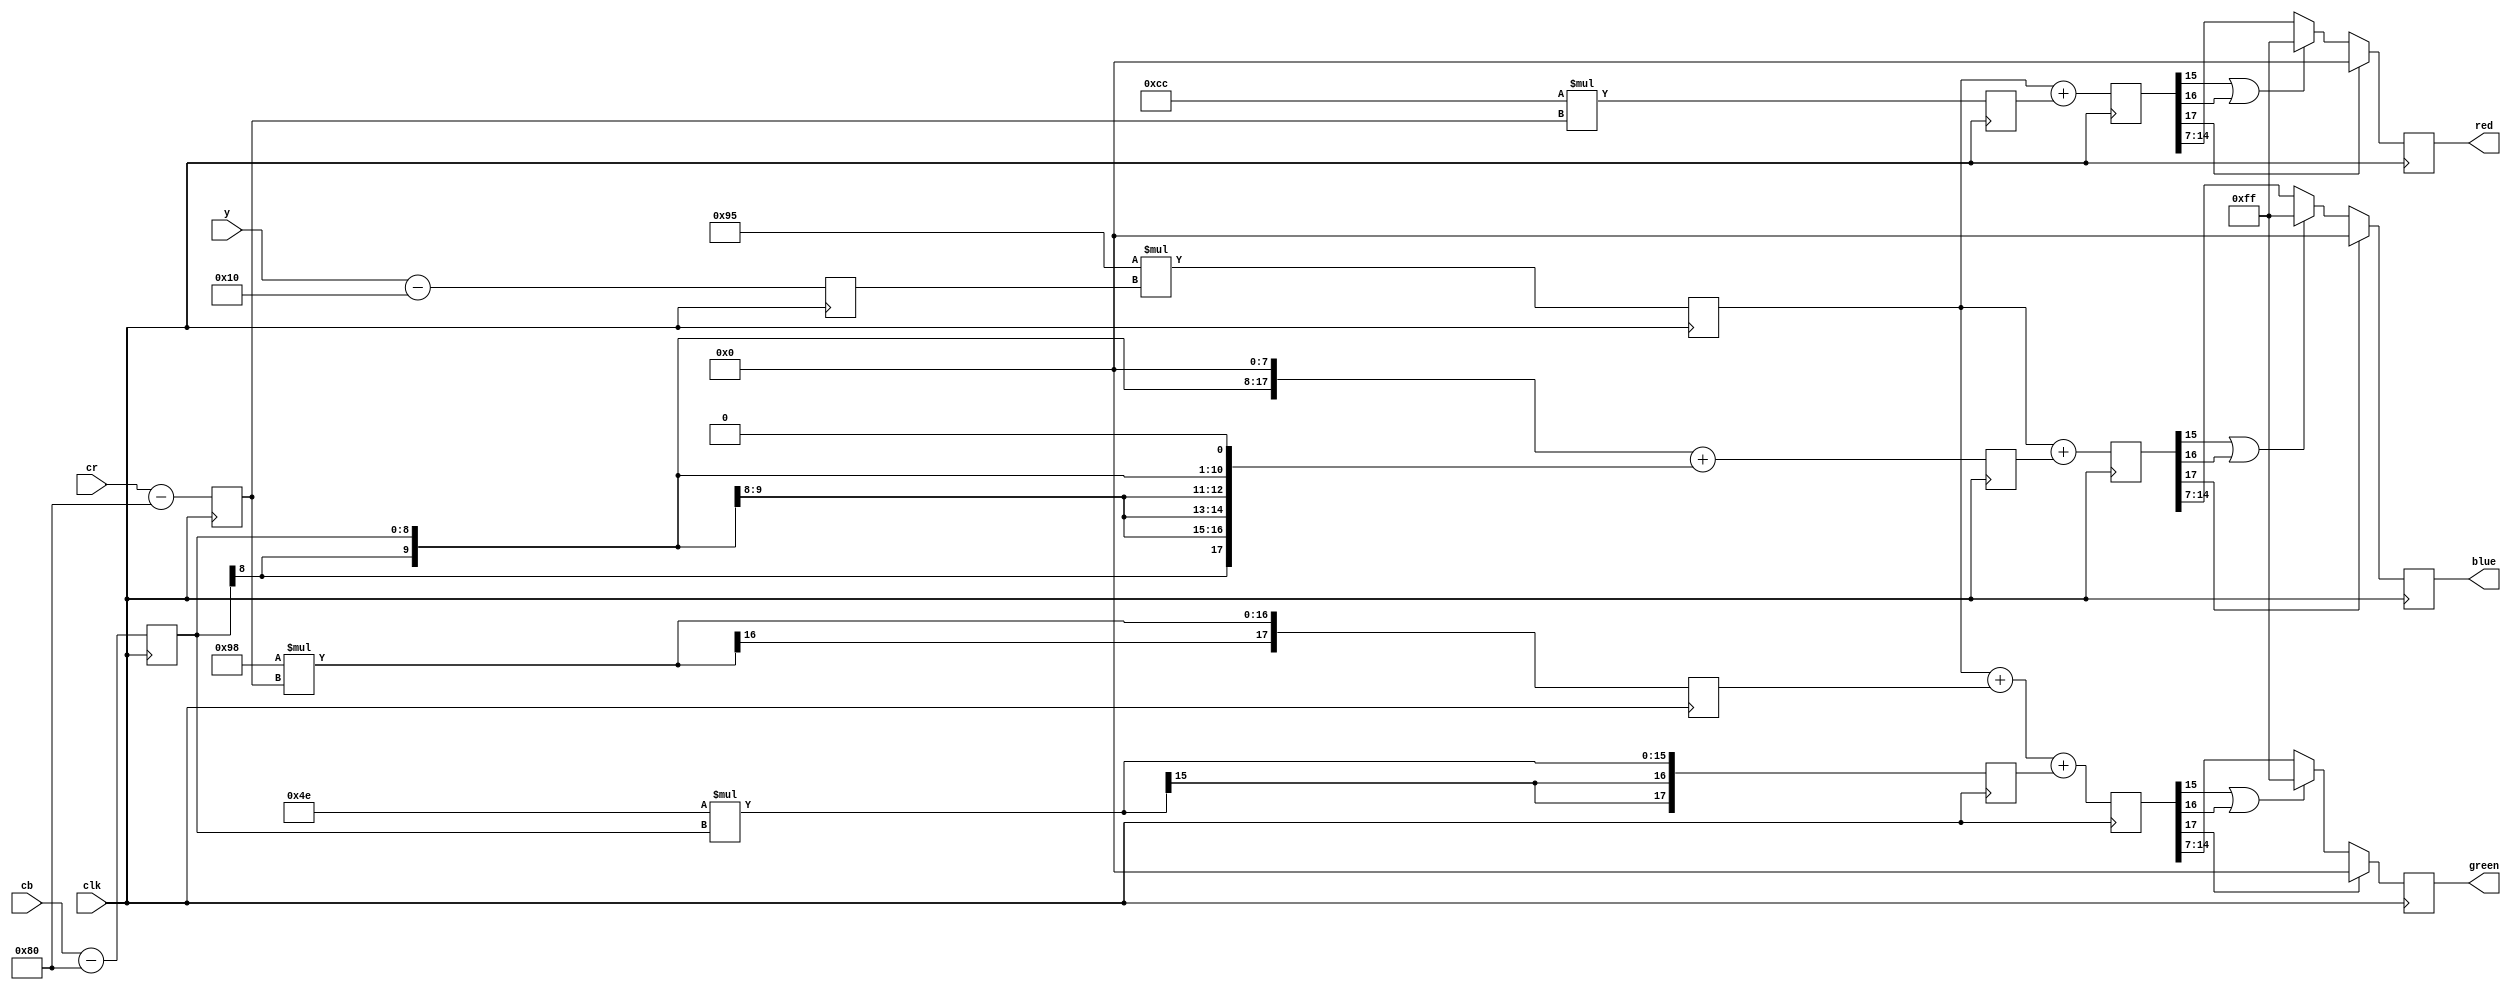
module ycbcr_to_rgb (
	y,cb,cr,
	red,green,blue,
	clk
);

input clk;

input [7:0] y,cb,cr;
output reg [7:0] red,green,blue;

// offset the inputs
reg signed [8:0] adj_y,adj_cb,adj_cr;
always @(posedge clk) begin
	adj_y <= y - 8'd16;
	adj_cr <= cr - 8'd128;
	adj_cb <= cb - 8'd128;
end

// scaling constants from standard formulas
// nominal Y is 16 to 235
// nominal C's are 16-240 with 128 at zero
//
wire signed [8:0] const0 = 9'd149; // 1.164 * 128
wire signed [8:0] const1 = 9'd204; // 1.596 * 128
wire signed [8:0] const2 = - 9'd104; // 0.813 * 128 
wire signed [8:0] const3 = - 9'd50;	// 0.392 * 128

//wire signed [8:0] const4 = (10)'d258;	// 2.017 * 128 
// const 4 should be 258, which doesn't fit the 9x9 size.
// do some shifted additions to fake it.

// multipliers - 9x9 is a natural building block
reg signed [17:0] product_a, product_b, product_c, 
	product_d, product_e;
always @(posedge clk) begin
	product_a <= const0 * adj_y;
	product_b <= const1 * adj_cr;
	product_c <= const2 * adj_cr;
	product_d <= const3 * adj_cb;
	product_e <= {adj_cb[8],adj_cb[8:0],8'b0} +
				{{9{adj_cb[8]}},adj_cb[7:0],1'b0};
end

// summation - 17 selected by simulation
reg signed [17:0] sum_red, sum_green, sum_blue;
always @(posedge clk) begin
	sum_red <= product_a + product_b;
	sum_green <= product_a + product_c + product_d;
	sum_blue <= product_a + product_e;
end

// saturation
always @(posedge clk) begin
	red <= sum_red[17] ? 8'h0 : 
			(sum_red[15] | sum_red[16]) ? 8'hff :
			sum_red [14:7];
	green <= sum_green[17] ? 8'h0 : 
			(sum_green[15] | sum_green[16]) ? 8'hff :
			sum_green [14:7];
	blue <= sum_blue[17] ? 8'h0 : 
			(sum_blue[15] | sum_blue[16]) ? 8'hff :
			sum_blue [14:7];
end

endmodule